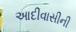
આદીવાસીની